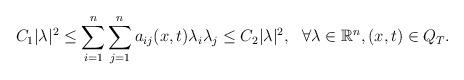
LaTeX: \begin{align*}C_1|\lambda|^2\leq \sum_{i=1}^n\sum_{j=1}^n a_{ij}(x,t)\lambda_i\lambda_j\leq C_2|\lambda|^2,~~\forall\lambda\in \mathbb{R}^n,(x,t)\in Q_T.\end{align*}